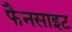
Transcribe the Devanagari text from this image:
फैनसाइट